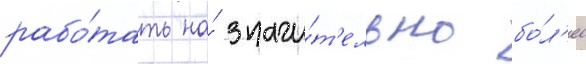
рабо́тать на́ значи́т'ельно бо́л'ее